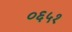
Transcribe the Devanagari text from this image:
०६५१